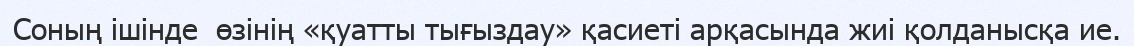
Соның ішінде  өзінің «қуатты тығыздау» қасиеті арқасында жиі қолданысқа ие.